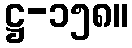
ဋ္ဌ-၁၅၈။